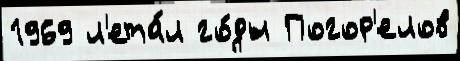
1969 л'ета́л го́ды Погор'елов